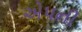
એપની